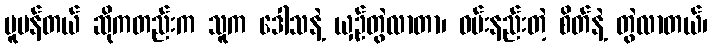
ပူပန်တယ် ဆိုကတည်းက သူက ဒေါသနဲ့ ယှဉ်တွဲလာတာ၊ ဝမ်းနည်းတဲ့ စိတ်နဲ့ တွဲလာတယ်၊